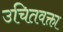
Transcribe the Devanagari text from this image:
उचितवक्ता